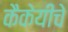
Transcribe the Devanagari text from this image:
कैकेयीचे